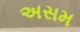
અસમ